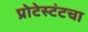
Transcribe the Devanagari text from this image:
प्रोटेस्टंटचा